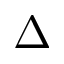
\Delta